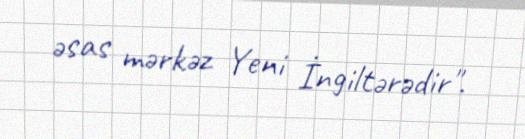
əsas mərkəz Yeni İngiltərədir".